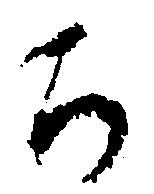
か